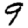
Digit: 9